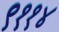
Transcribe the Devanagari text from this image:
९११४